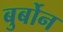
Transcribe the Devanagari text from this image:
बुर्बोन